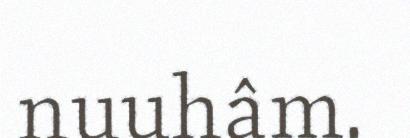
nuuhâm.